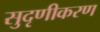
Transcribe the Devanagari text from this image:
सुदृणीकरण